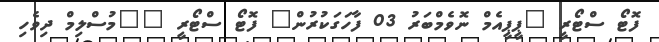
ފޮޓޯ ސްޓޯރީ "ޕީޕީއެމް ނޮވެމްބަރު 03 ފާހަގަކުރުން" ފޮޓޯ ސްޓޯރީ ""މުސްލިމް ދިވެހި